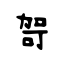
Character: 哿